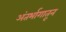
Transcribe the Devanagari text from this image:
अंतर्भागातून